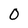
Character: O